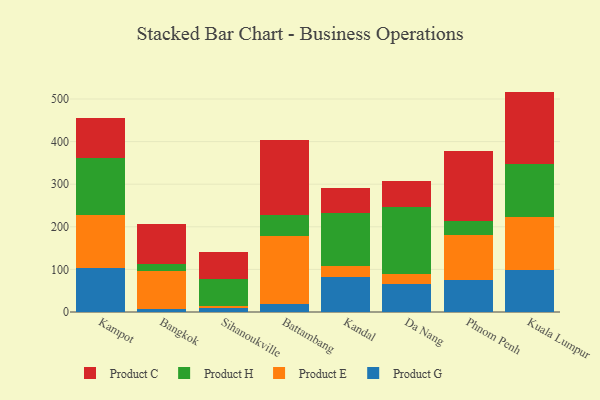
{"axis": {"x": "City", "y": "Shipments"}, "legend": ["Product C", "Product E", "Product G", "Product H"], "data": [{"x": "Kampot", "y": 102.4, "type": "Product G"}, {"x": "Kampot", "y": 126.4, "type": "Product E"}, {"x": "Kampot", "y": 132.5, "type": "Product H"}, {"x": "Kampot", "y": 94.2, "type": "Product C"}, {"x": "Bangkok", "y": 6.6, "type": "Product G"}, {"x": "Bangkok", "y": 90.2, "type": "Product E"}, {"x": "Bangkok", "y": 16.1, "type": "Product H"}, {"x": "Bangkok", "y": 93.0, "type": "Product C"}, {"x": "Sihanoukville", "y": 9.4, "type": "Product G"}, {"x": "Sihanoukville", "y": 5.2, "type": "Product E"}, {"x": "Sihanoukville", "y": 63.8, "type": "Product H"}, {"x": "Sihanoukville", "y": 61.9, "type": "Product C"}, {"x": "Battambang", "y": 18.2, "type": "Product G"}, {"x": "Battambang", "y": 160.0, "type": "Product E"}, {"x": "Battambang", "y": 49.3, "type": "Product H"}, {"x": "Battambang", "y": 176.0, "type": "Product C"}, {"x": "Kandal", "y": 82.4, "type": "Product G"}, {"x": "Kandal", "y": 24.5, "type": "Product E"}, {"x": "Kandal", "y": 125.2, "type": "Product H"}, {"x": "Kandal", "y": 58.5, "type": "Product C"}, {"x": "Da Nang", "y": 66.7, "type": "Product G"}, {"x": "Da Nang", "y": 22.6, "type": "Product E"}, {"x": "Da Nang", "y": 156.7, "type": "Product H"}, {"x": "Da Nang", "y": 60.5, "type": "Product C"}, {"x": "Phnom Penh", "y": 75.1, "type": "Product G"}, {"x": "Phnom Penh", "y": 104.6, "type": "Product E"}, {"x": "Phnom Penh", "y": 34.5, "type": "Product H"}, {"x": "Phnom Penh", "y": 164.7, "type": "Product C"}, {"x": "Kuala Lumpur", "y": 99.6, "type": "Product G"}, {"x": "Kuala Lumpur", "y": 122.7, "type": "Product E"}, {"x": "Kuala Lumpur", "y": 125.6, "type": "Product H"}, {"x": "Kuala Lumpur", "y": 169.5, "type": "Product C"}]}